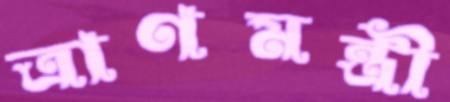
ত্রাণমন্ত্রী